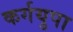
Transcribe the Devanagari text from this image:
कर्गयुपा